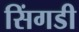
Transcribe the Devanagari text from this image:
सिंगडी